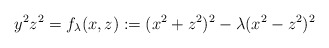
\begin{align*} y^2 z^2 = f_{\lambda}(x,z):=(x^2+z^2)^2 - \lambda (x^2-z^2)^2\end{align*}